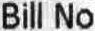
BILL NO